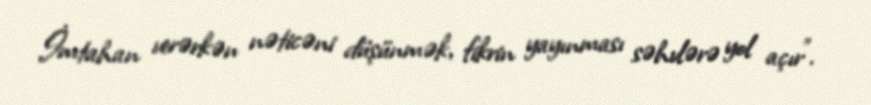
İmtahan verərkən nəticəni düşünmək, fikrin yayınması səhvlərə yol açır".